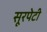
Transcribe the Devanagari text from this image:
सूरपेटी